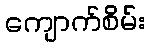
ကျောက်စိမ်း